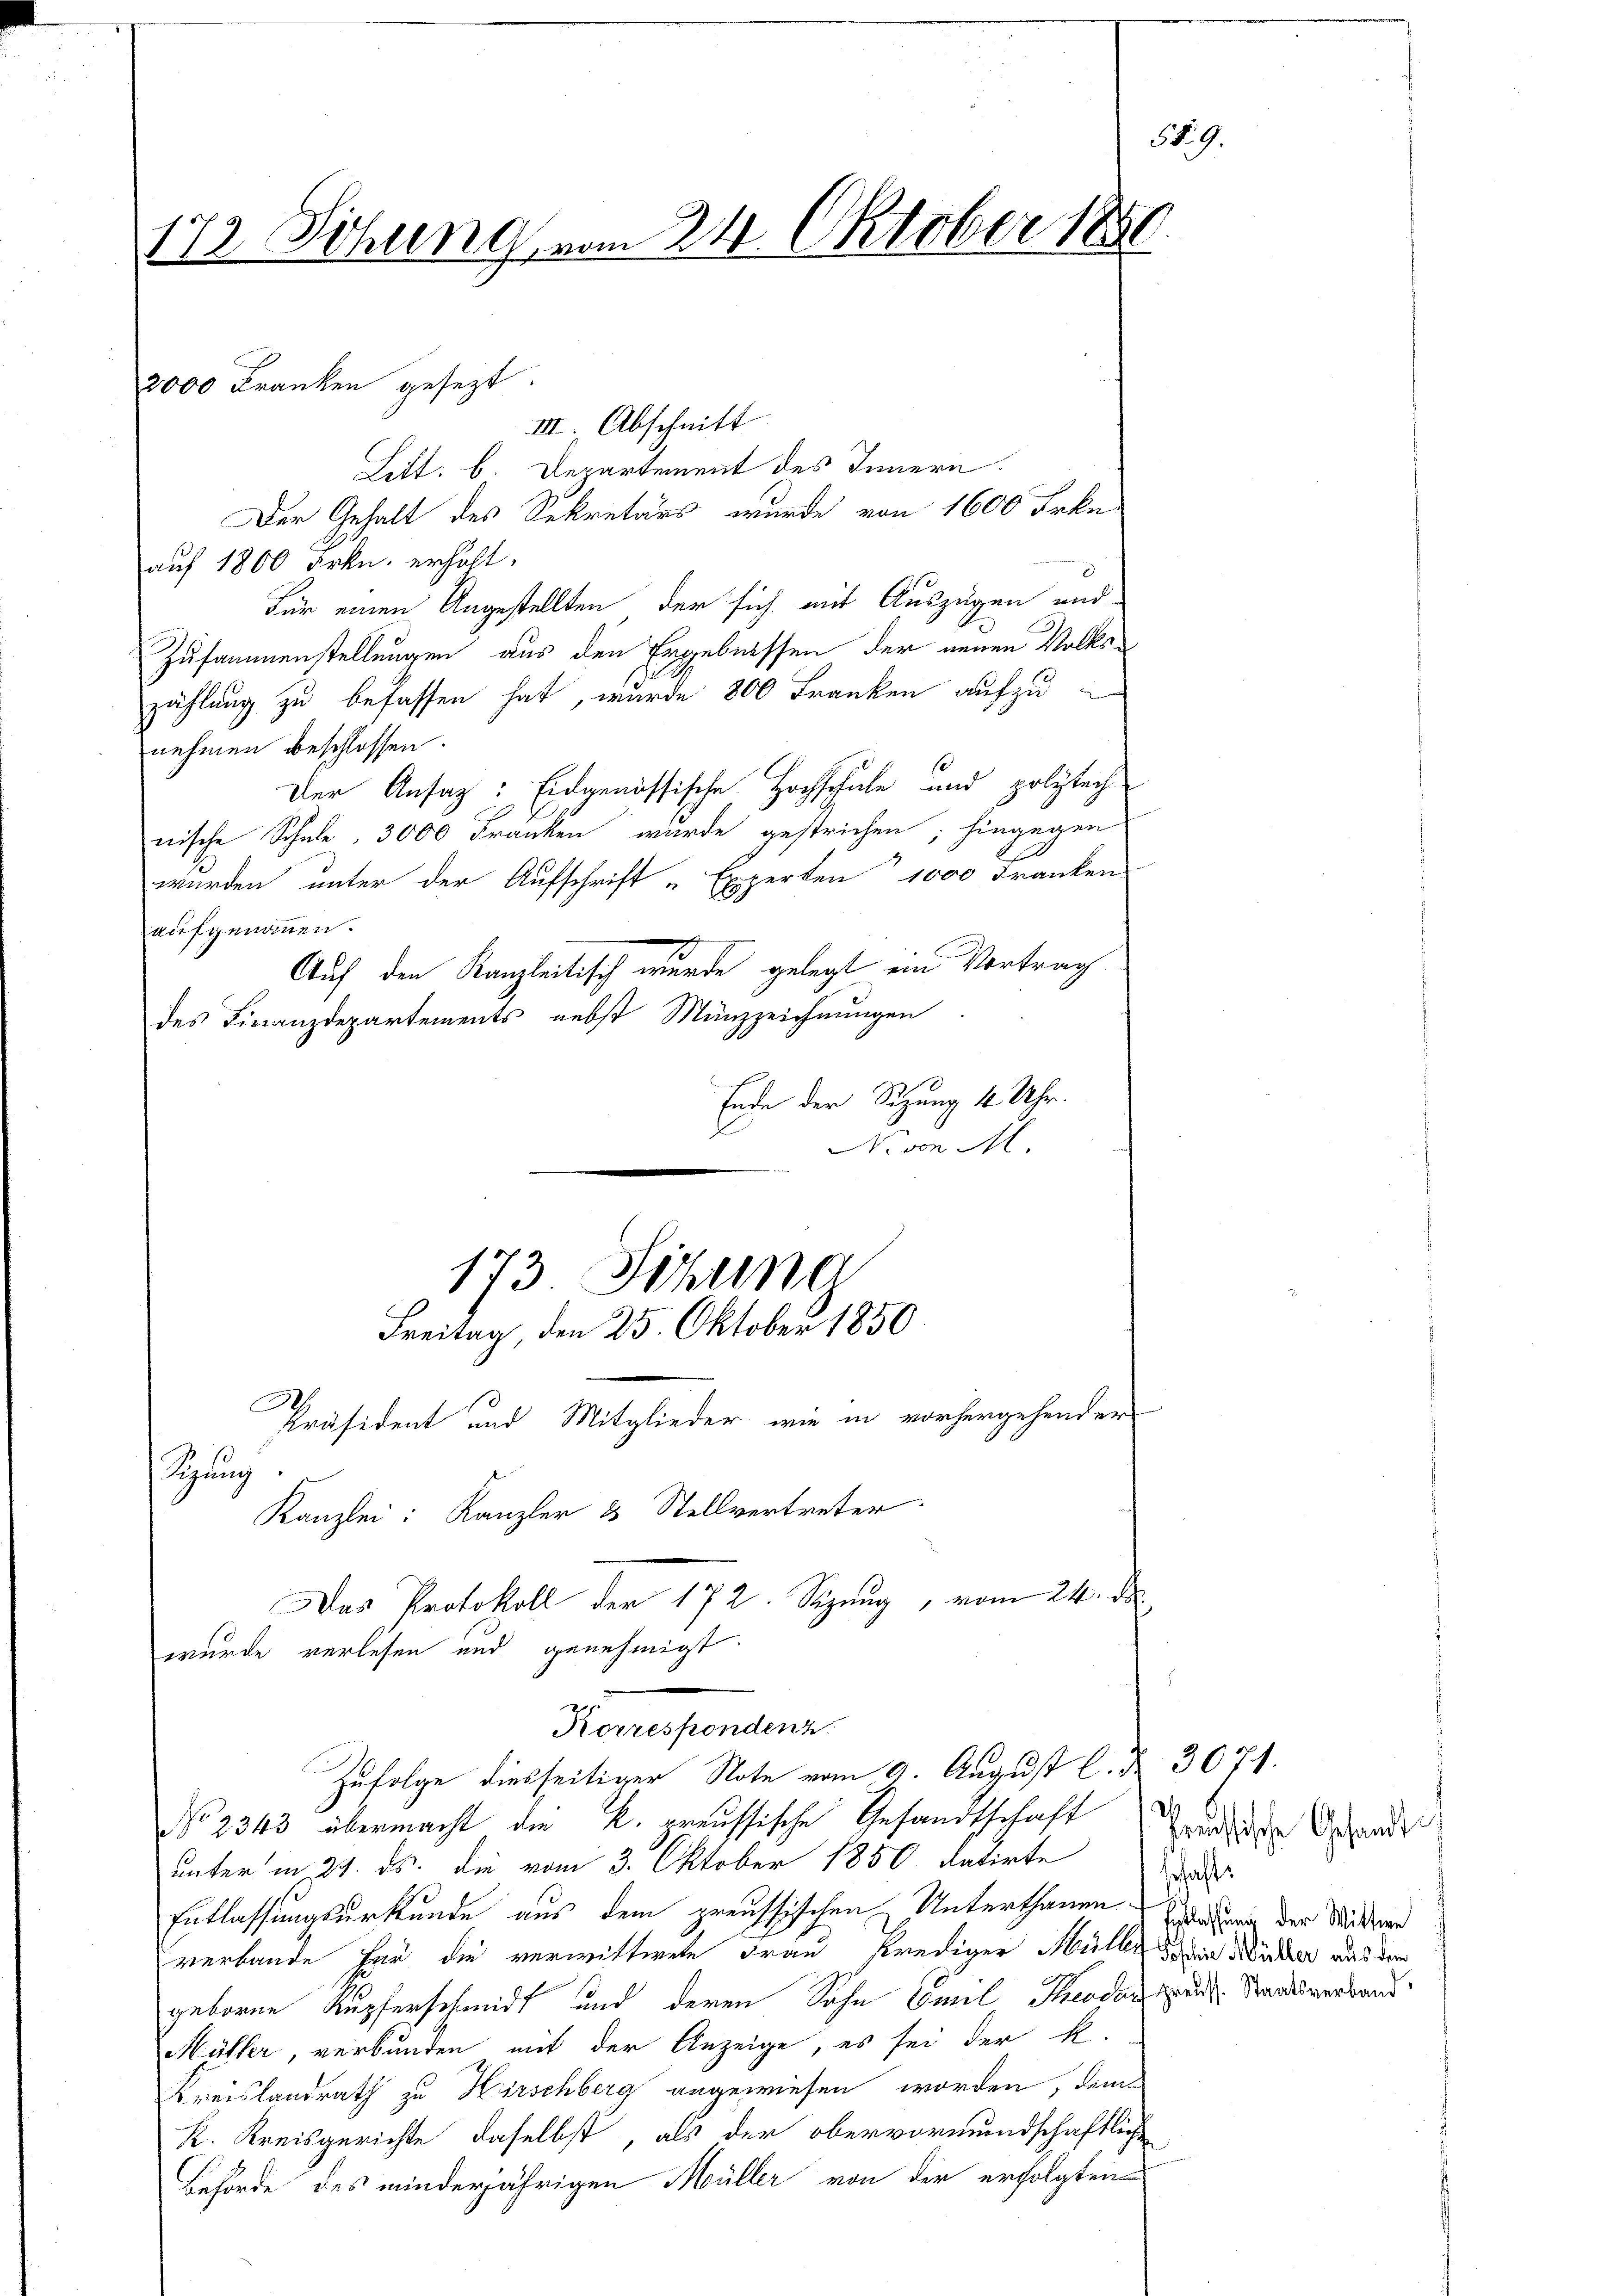
172 Sitzung vom 24. Oktober 18

2000 Franken gesezt.

thuung

173 Sihung
Freitag, den 25. Oktober 1850.

III. Abschnitt
Litt. b. Departement des Innern
Der Gehalt des Sekretärs wurde von 1600 Frkn.
auf 1800 Frkn. erhöht.
Für einen Angestellten, der sich mit Auszügen und
Zusammenstellungen aus den Ergebnissen der neuen Volkszählung zu befassen hat, wurde 800 Franken aufzu-
nehmen beschlossen
Der Ansaz: Eidgenössische Hochschule und polytech
nische Schule, 3000 Franken wurde gestrichen; hingegen
wurden unter der Aufschrift „Experten 1000 Franken
aufgenommen.
Auf den Kanzleitisch wurde gelegt ein Vortrag
des Finanzdepartements nebst Münzzeichnungen
Ende der Sitzung 4 Uhr.
N. von Al.

Präsident und Mitglieder wie in vorhergehender
Kanzlei: Kanzler 23 Stellvertreter
Das Protokoll der 172. Suzung, vom 24. d.
wurde verlesen und genehmigt.

Korrespondenz
Zufolge diesseitiger Note vom 9. August l. d. 3071.

No 2343 übermacht die k. preussische Gesandtschaft
unter in 21. ds. die vom 3. Oktober 1850 datirte
Entlassungsurkunde aus dem preussischen Unterthanen Erhebung der Mitere
verbande für die verwittwete Frau Prediger Mülle dein Wucher aus dem
geboren Kupferschmidt und deren Sohn Emil Sodan zu Staatsverband
Müller, verbunden mit der Anzeige, es sei der k.
Kreislandrath zu Hirschberg angewiesen worden, dem
K. Kreisgerichte, daselbst, als der obervormundschaftliche
Behörde des minderjährigen Müller von der erfolgten

559.

Preusische Gesandt
schaft: